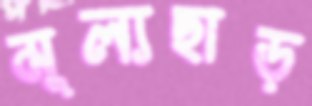
মূল্যছাড়